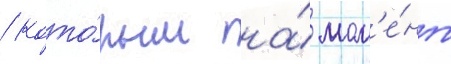
/ кото́рым на́ мом'е́нт